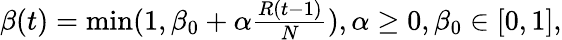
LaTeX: \begin{array}{r}{\beta(t)=\operatorname*{min}(1,\beta_{0}+\alpha\frac{R(t-1)}{N}),\alpha\geq 0,\beta_{0}\in\left[0,1\right],}\end{array}